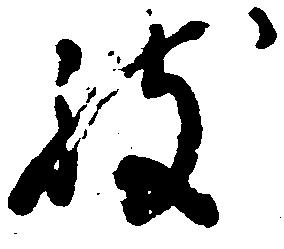
致